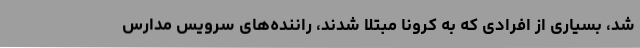
شد، بسیاری از افرادی که به کرونا مبتلا شدند، راننده‌های سرویس مدارس